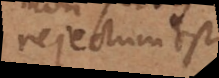
ejectum est.